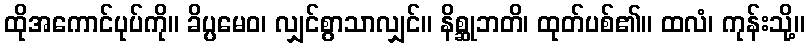
ထိုအကောင်ပုပ်ကို။ ခိပ္ပမေဝ၊ လျှင်စွာသာလျှင်။ နိစ္ဆုဘတိ၊ ထုတ်ပစ်၏။ ထလံ၊ ကုန်းသို့။